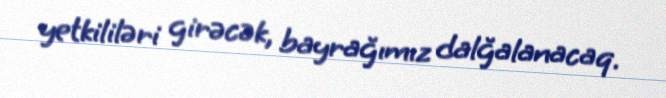
yetkililəri girəcək, bayrağımız dalğalanacaq.